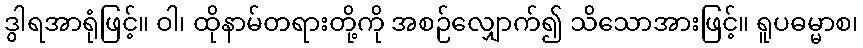
ဒွါရအာရုံဖြင့်။ ဝါ၊ ထိုနာမ်တရားတို့ကို အစဉ်လျှောက်၍ သိသောအားဖြင့်။ ရူပဓမ္မာစ၊